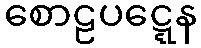
စောဠပဋ္ဋေန